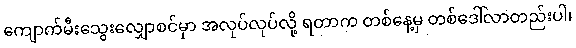
ကျောက်မီးသွေးလျှောစင်မှာ အလုပ်လုပ်လို့ ရတာက တစ်နေ့မှ တစ်ဒေါ်လာတည်းပါ၊